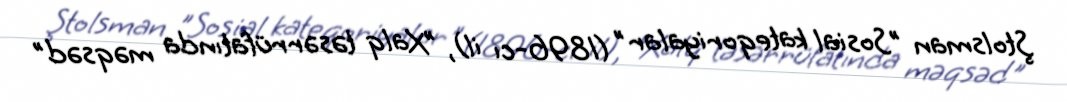
Ştolsman "Sosial kateqoriyalar" (1896-cı il), "Xalq təsərrüfatında məqsəd"